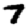
Digit: 7